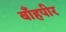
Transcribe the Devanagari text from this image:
बाँहपीर